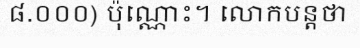
៨.០០០) ប៉ុណ្ណោះ។ លោកបន្តថា